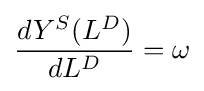
{\frac {dY^{S}(L^{D})}{dL^{D}}}=\omega